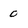
Character: 0